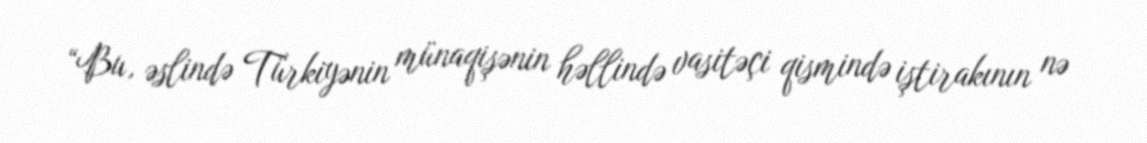
“Bu, əslində Türkiyənin münaqişənin həllində vasitəçi qismində iştirakının nə